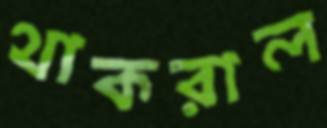
থাকরাল